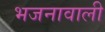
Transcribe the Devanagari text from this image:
भजनावाली